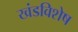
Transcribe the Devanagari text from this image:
खंडविशेष